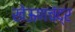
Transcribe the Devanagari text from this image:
खेऊणचंद्र